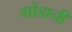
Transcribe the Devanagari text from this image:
गोंडानी